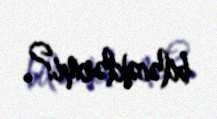
biləcəklərmi?.